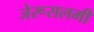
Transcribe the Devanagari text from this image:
जेरूसलमी